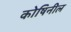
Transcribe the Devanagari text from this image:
कोषिनील